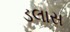
ડલાસ